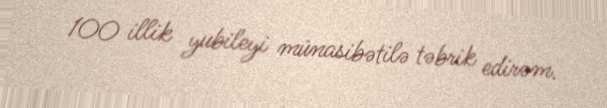
100 illik yubileyi münasibətilə təbrik edirəm.